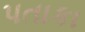
પતાકા